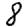
Digit: 8